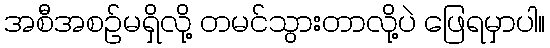
အစီအစဉ်မရှိလို့ တမင်သွားတာလို့ပဲ ဖြေရမှာပါ။